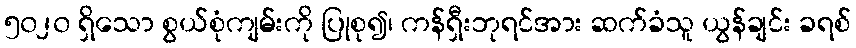
၅၀၂၀ ရှိသော စွယ်စုံကျမ်းကို ပြုစု၍၊ ကန်ရှီးဘုရင်အား ဆက်ခံသူ ယွန်ချင်း ခရစ်